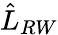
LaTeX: \hat{L}_{RW}